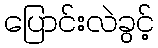
ပြောင်းလဲခွင့်